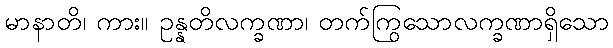
မာနာတိ၊ ကား။ ဥန္နတိလက္ခဏာ၊ တက်ကြွသောလက္ခဏာရှိသော